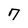
Character: 7